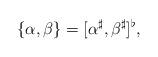
LaTeX: \begin{align*}\{\alpha, \beta\} = [\alpha^\sharp, \beta^\sharp]^\flat,\end{align*}